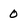
Character: 0